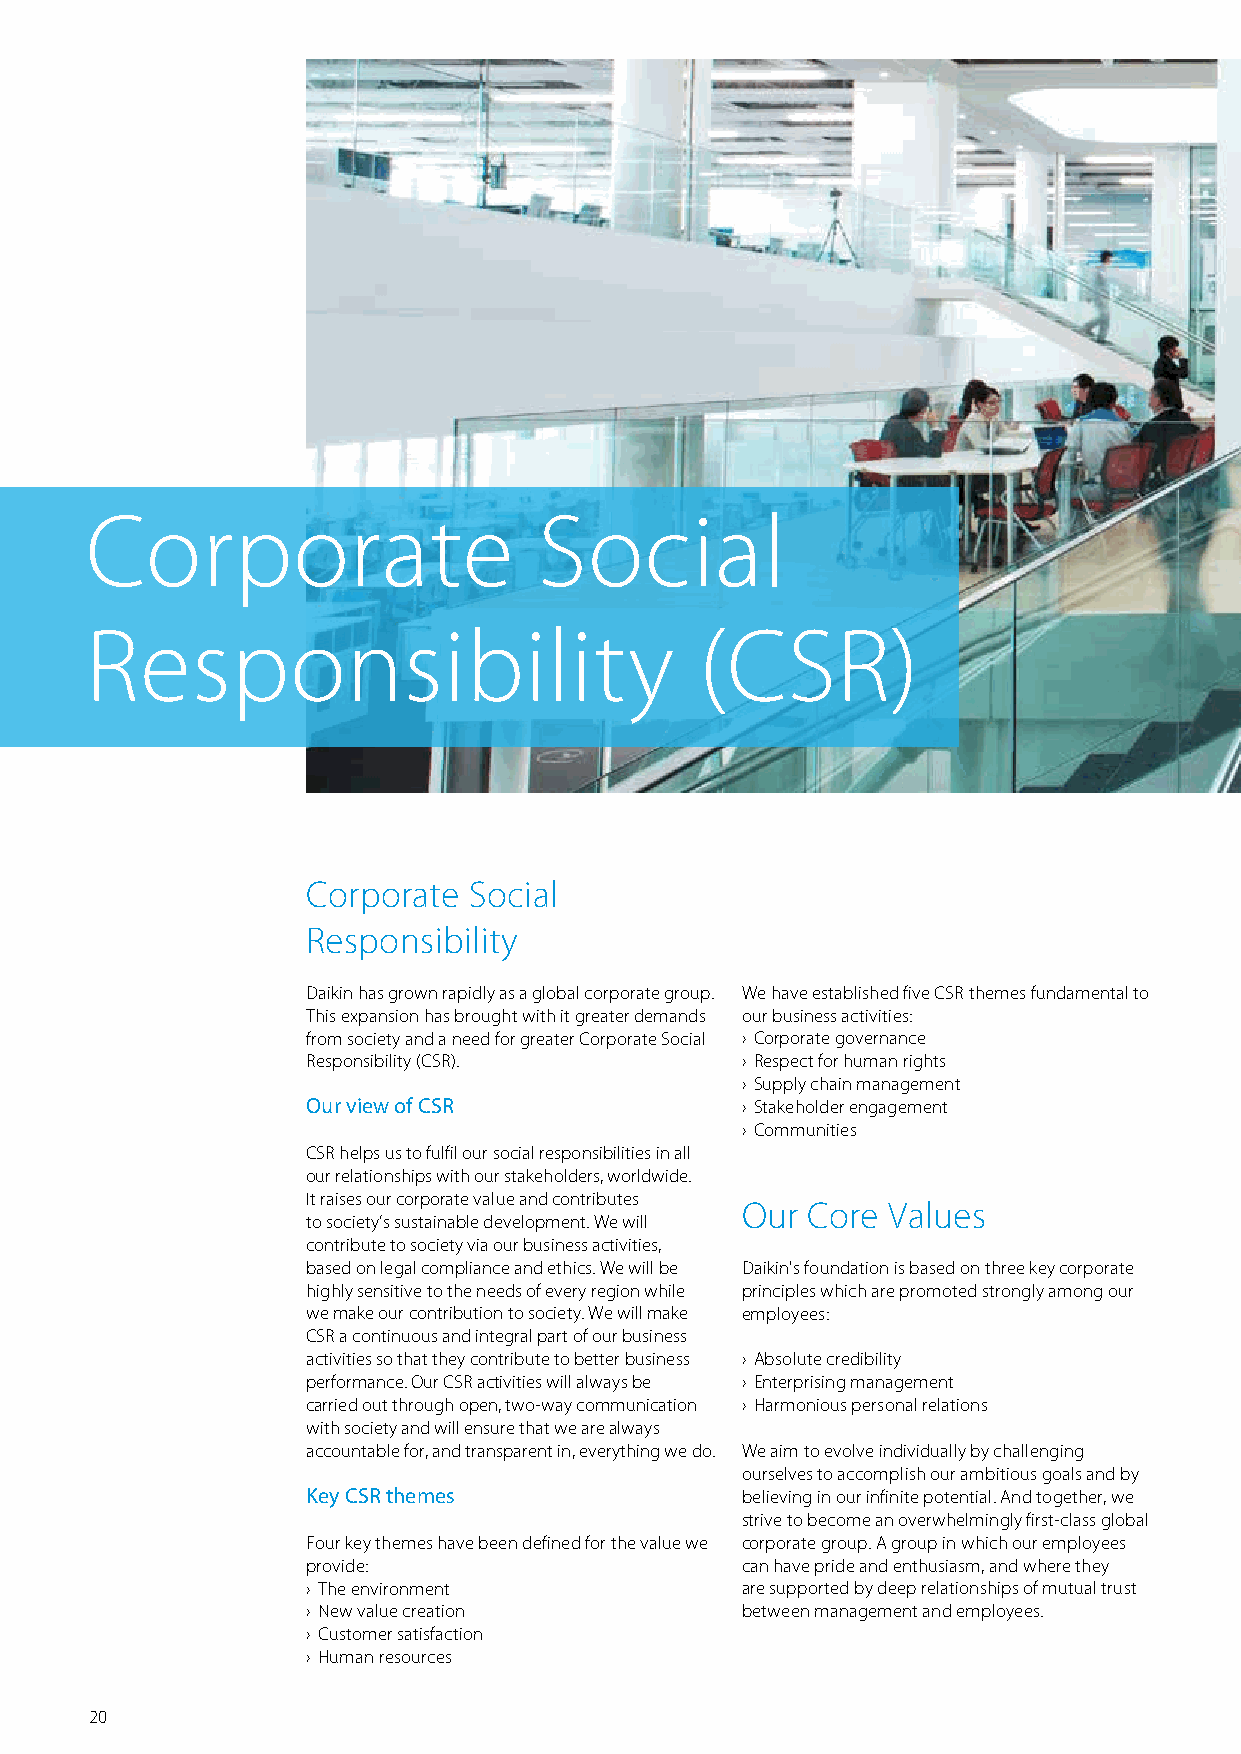
Corporate                     Social
 Responsibility                          (CSR)
 Corporate  Social
 Responsibility
 Daikin has grown rapidly as a global corporate group. We have established five CSR themes fundamental to
 This expansion has brought with it greater demands our business activities:
 from society and a need for greater Corporate Social › Corporate governance
 Responsibility (CSR).        › Respect for human rights
 › Supply chain management
 Our view of CSR              › Stakeholder engagement
 › Communities
 CSR helps us to fulfil our social responsibilities in all
 our relationships with our stakeholders, worldwide.
 It raises our corporate value and contributes
 Our Core  Values
 to society’s sustainable development. We will
 contribute to society via our business activities,
 based on legal compliance and ethics. We will be Daikin's foundation is based on three key corporate
 highly sensitive to the needs of every region while principles which are promoted strongly among our
 we make our contribution to society. We will make employees:
 CSR a continuous and integral part of our business
 activities so that they contribute to better business › Absolute credibility
 performance. Our CSR activities will always be › Enterprising management
 carried out through open, two-way communication › Harmonious personal relations
 with society and will ensure that we are always
 accountable for, and transparent in, everything we do. We aim to evolve individually by challenging
 ourselves to accomplish our ambitious goals and by
 Key CSR themes               believing in our infinite potential. And together, we
 strive to become an overwhelmingly first-class global
 Four key themes have been defined for the value we corporate group. A group in which our employees
 provide:                     can have pride and enthusiasm, and where they
 › The environment            are supported by deep relationships of mutual trust
 › New value creation         between management and employees.
 › Customer satisfaction
 › Human resources
 20